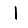
Digit: 1